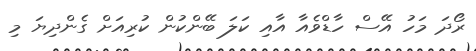
ރޯދަ މަހު އޭސް ހާޑްވެއާ އާއި ކަލަ ބޭންކުން ކުރިއަށް ގެންދިޔަ މި